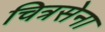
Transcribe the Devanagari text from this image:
चित्रसेना